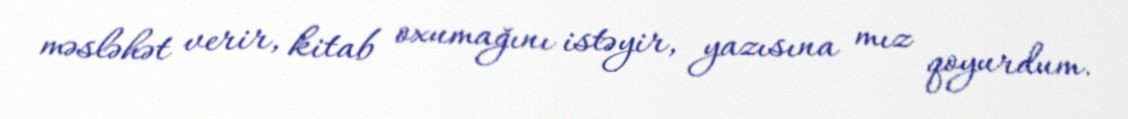
məsləhət verir, kitab oxumağını istəyir, yazısına mız qoyurdum.